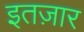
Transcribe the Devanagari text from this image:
इतज़ार